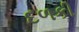
દળકી